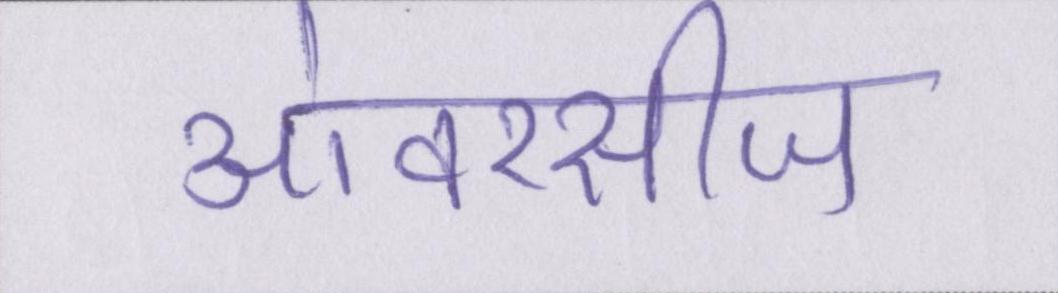
ओवरसीज